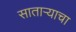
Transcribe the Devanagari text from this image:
साताऱ्याचा